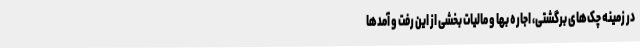
در زمینه چک‌های برگشتی، اجاره بها و مالیات بخشی از این رفت و آمدها